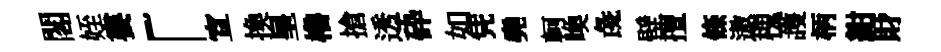
閣姪婁「宣換皇櫓搶透砕如凭堯軻喚彘壁擅條遨槐護柄紺財